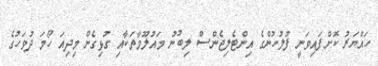
ހައްޔަރު ކޮށްފައިވަނީ ފުލުހުންގެ އިންޓެލިޖެންސް ލިބުނު މައުލޫމާތަކާއި ގުޅިގެން މިދިއަ ހޯމަ ދުވަހުގެ